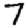
Digit: 7